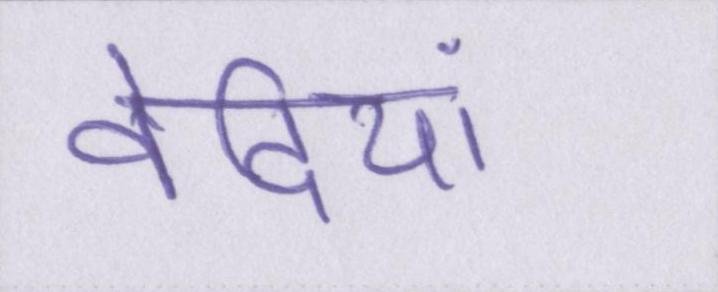
वेदियां